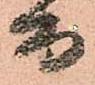
而